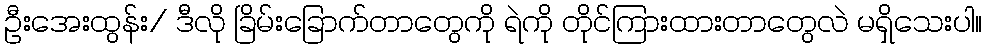
ဦးအေးထွန်း/ ဒီလို ခြိမ်းခြောက်တာတွေကို ရဲကို တိုင်ကြားထားတာတွေလဲ မရှိသေးပါ။